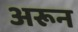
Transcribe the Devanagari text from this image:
अरून